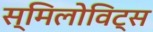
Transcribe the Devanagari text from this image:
स्मिलोविट्स